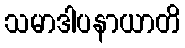
သမာဒါပနာယာတိ